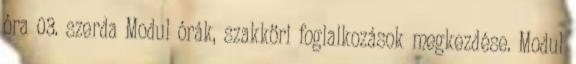
óra 03. szerda Modul órák, szakköri foglalkozások megkezdése. Modul